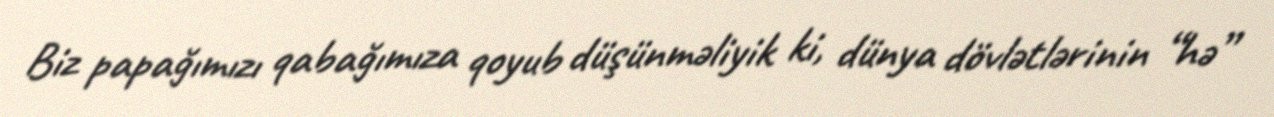
Biz papağımızı qabağımıza qoyub düşünməliyik ki, dünya dövlətlərinin “hə”